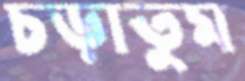
চড়াতুম